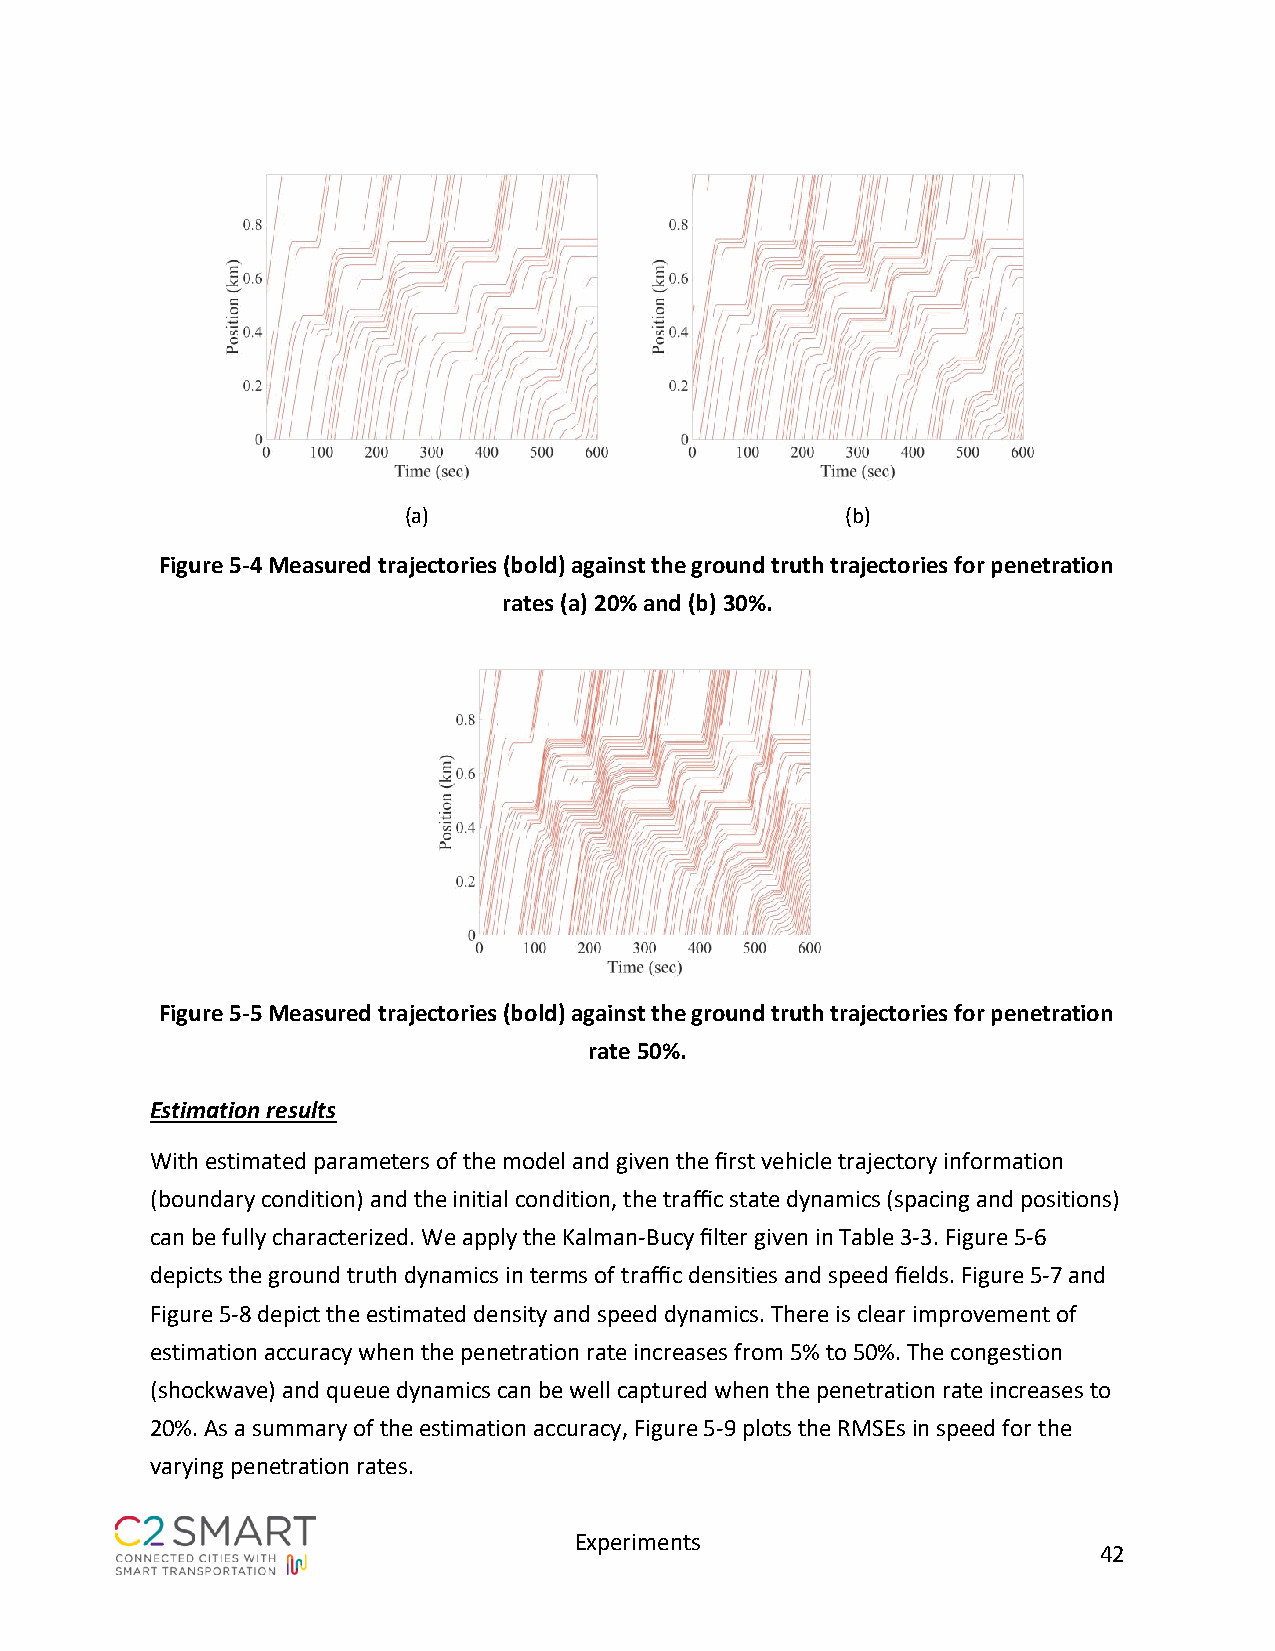
(a)                          (b)
 Figure 5-4 Measured trajectories (bold) against the ground truth trajectories for penetration
 rates (a) 20% and (b) 30%.
 Figure 5-5 Measured trajectories (bold) against the ground truth trajectories for penetration
 rate 50%.
 Estimation results
 With estimated parameters of the model and given the first vehicle trajectory information
 (boundary condition) and the initial condition, the traffic state dynamics (spacing and positions)
 can be fully characterized. We apply the Kalman-Bucy filter given in Table 3-3. Figure 5-6
 depicts the ground truth dynamics in terms of traffic densities and speed fields. Figure 5-7 and
 Figure 5-8 depict the estimated density and speed dynamics. There is clear improvement of
 estimation accuracy when the penetration rate increases from 5% to 50%. The congestion
 (shockwave) and queue dynamics can be well captured when the penetration rate increases to
 20%. As a summary of the estimation accuracy, Figure 5-9 plots the RMSEs in speed for the
 varying penetration rates.
 Experiments
 42